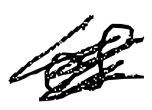
Text: of
Cross-out: scratch
Writing tool: digital_black